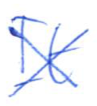
Text: It
Cross-out: mix
Writing tool: ballpoint